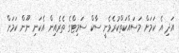
އަދި އެ ކަމަށް މަސައްކަތްކުރެވެނީ ސާކް ސަމިޓްގެ ތެރެއިން އެކަނި ނޫން ކަމަށް